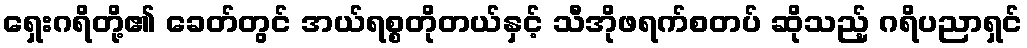
ရှေးဂရိတို့၏ ခေတ်တွင် အယ်ရစ္စတိုတယ်နှင့် သီအိုဖရက်စတပ် ဆိုသည့် ဂရိပညာရှင်